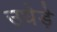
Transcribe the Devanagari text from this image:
उधेड़े